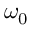
\omega _ { \mathrm { 0 } }